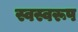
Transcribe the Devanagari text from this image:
स्वस्वरूप